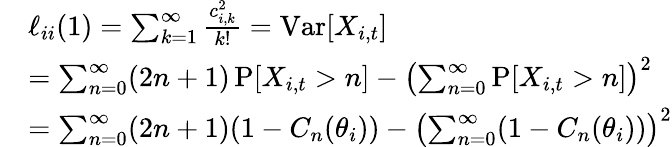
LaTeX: \begin{array}{rl}&{\ell_{ii}(1)=\sum_{k=1}^{\infty}\frac{c_{i,k}^{2}}{k!}=\operatorname{Var}[X_{i,t}]}\\ &{=\sum_{n=0}^{\infty}(2n+1)\operatorname{P}[X_{i,t}>n]-\left(\sum_{n=0}^{\infty}\operatorname{P}[X_{i,t}>n]\right)^{2}}\\ &{=\sum_{n=0}^{\infty}(2n+1)(1-C_{n}(\theta_{i}))-\left(\sum_{n=0}^{\infty}(1-C_{n}(\theta_{i}))\right)^{2}}\end{array}